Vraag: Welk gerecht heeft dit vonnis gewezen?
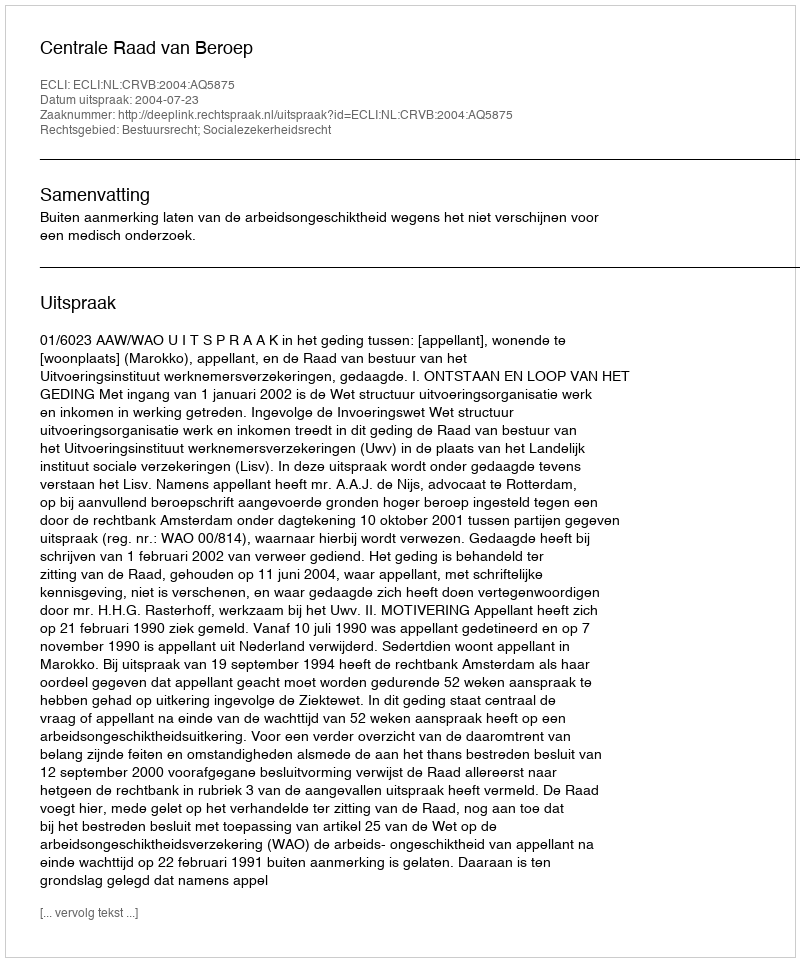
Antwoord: Centrale Raad van Beroep